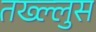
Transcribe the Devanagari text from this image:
तख्ल्लुस